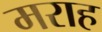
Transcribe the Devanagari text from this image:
मराह